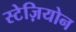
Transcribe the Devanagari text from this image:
स्टेज़ियोन